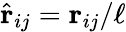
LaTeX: \hat{\mathbf{r}}_{ij}=\mathbf{r}_{ij}/\ell